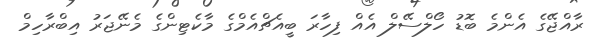
ރާއްޖޭގެ އެންމެ ބޮޑު ހޯލްސޭލް އެއް ފިހާރަ ބީއެޗްއެމްގެ މާކެޓިންގެ މެނޭޖަރު އިބްރާހިމް